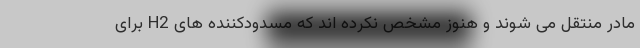
مادر منتقل می شوند و هنوز مشخص نکرده اند که مسدودکننده های H2 برای